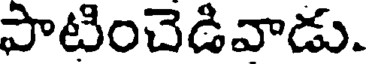
పాటించెడివాడు.